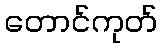
တောင်ကုတ်